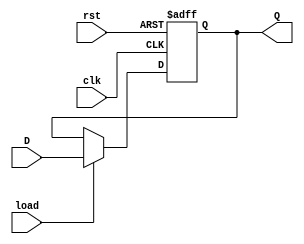

`resetall
`timescale 1ns/10ps

module register #(parameter N=32)( 
   input   wire               clk, 
   input   wire               load, 
   output  wire    [N - 1:0]  Q, 
   input   wire    [N - 1:0]  D, 
   input   wire               rst
);

// Internal Declarations
reg   [N-1:0]   flipflops = {N{1'b0}}; // Initialize to zero
wire  [N-1:0]   gnd = {N{1'b0}}; 

assign Q = flipflops;

always @(posedge clk or posedge rst) begin 
  if (rst) begin
    flipflops <= gnd;
  end 
  else if (load) begin 
    flipflops <= D;  
  end
end

endmodule